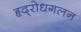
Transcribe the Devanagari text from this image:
हृद्‌रोधगलन